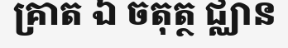
គ្រាត ឯ ចតុត្ថ ជ្ឈាន